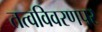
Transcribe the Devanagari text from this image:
तत्वविवरणपर